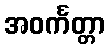
အဝင်္ကတ္တာ